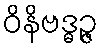
ဝိနိဗဒ္ဓဉ္ဇ